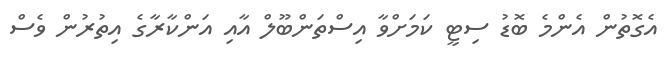
އެގޮތުން އެންމެ ބޮޑު ސިޓީ ކަމަށްވާ އިސްތަންބޫލް އާއި އަންކާރާގެ އިތުރުން ވެސް